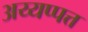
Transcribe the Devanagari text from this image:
अय्यप्पत्त